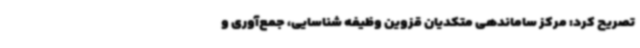
تصریح کرد: مرکز ساماندهی متکدیان قزوین وظیفه شناسایی، جمع‌آوری و